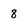
Character: 8